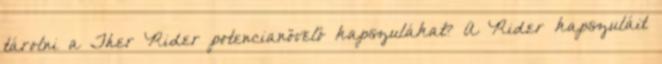
tárolni a Ther Rider potencianövelő kapszulákat? A Rider kapszuláit